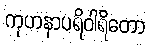
ကုဟနာပရိဝါရိတော